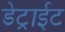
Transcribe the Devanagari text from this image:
डेट्राईट